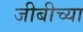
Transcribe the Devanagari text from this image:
जीबीच्या